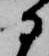
に